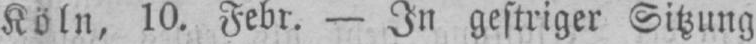
Köln, 10. Febr. - In gestriger Sitzung